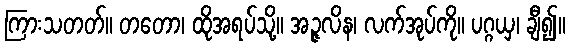
ကြားသတတ်။ တတော၊ ထိုအရပ်သို့။ အဉ္ဇလိန၊ လက်အုပ်ကို။ ပဂ္ဂယှ၊ ချီ၍။